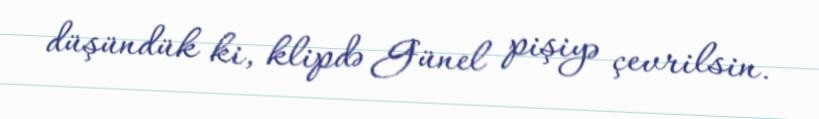
düşündük ki, klipdə Günel pişiyə çevrilsin.